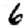
Digit: 6